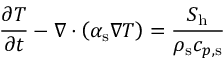
\frac { \partial T } { \partial t } - \nabla \cdot \left( \alpha _ { \mathrm { { s } } } \nabla T \right) = \frac { S _ { \mathrm { { h } } } } { \rho _ { \mathrm { { s } } } c _ { p , \mathrm { s } } }